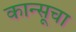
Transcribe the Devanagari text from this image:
कान्सूचा